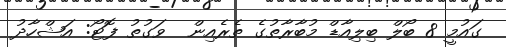
ގައުމީ 8 ބޯލް ބިލިއާޑް މުބާރާތުގެ ތެރެއިން  ވަގުތު ފޮޓޯ: އަޝްހާދު